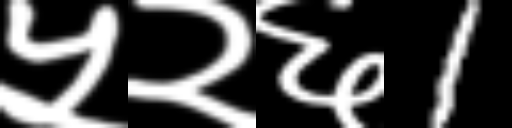
Text: ५२६1